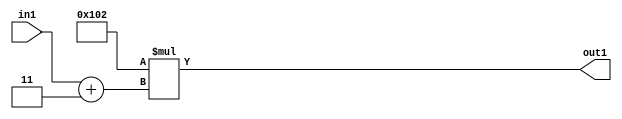
`timescale 1ps / 1ps
/*****************************************************************************
    Verilog RTL Description
    
    
    Created by: Stratus DpOpt 2019.1.01 
*******************************************************************************/

module DC_Filter_Mul2i258Add2i3u2_1 (
	in1,
	out1
	); /* architecture "behavioural" */ 
input [1:0] in1;
output [11:0] out1;
wire [11:0] asc001;
wire [2:0] asc002;

assign asc002 = 
	+(in1)
	+(3'B011);

assign asc001 = 
	+(12'B000100000010 * asc002);

assign out1 = asc001;
endmodule

/* CADENCE  ubbzTQo= : u9/ySgnWtBlWxVPRXgAZ4Og= ** DO NOT EDIT THIS LINE ******/